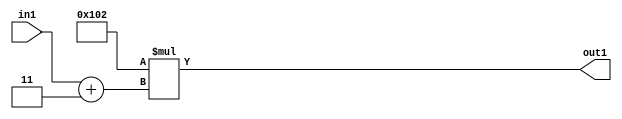
`timescale 1ps / 1ps
/*****************************************************************************
    Verilog RTL Description
    
    
    Created by: Stratus DpOpt 2019.1.01 
*******************************************************************************/

module DC_Filter_Mul2i258Add2i3u2_1 (
	in1,
	out1
	); /* architecture "behavioural" */ 
input [1:0] in1;
output [11:0] out1;
wire [11:0] asc001;
wire [2:0] asc002;

assign asc002 = 
	+(in1)
	+(3'B011);

assign asc001 = 
	+(12'B000100000010 * asc002);

assign out1 = asc001;
endmodule

/* CADENCE  ubbzTQo= : u9/ySgnWtBlWxVPRXgAZ4Og= ** DO NOT EDIT THIS LINE ******/